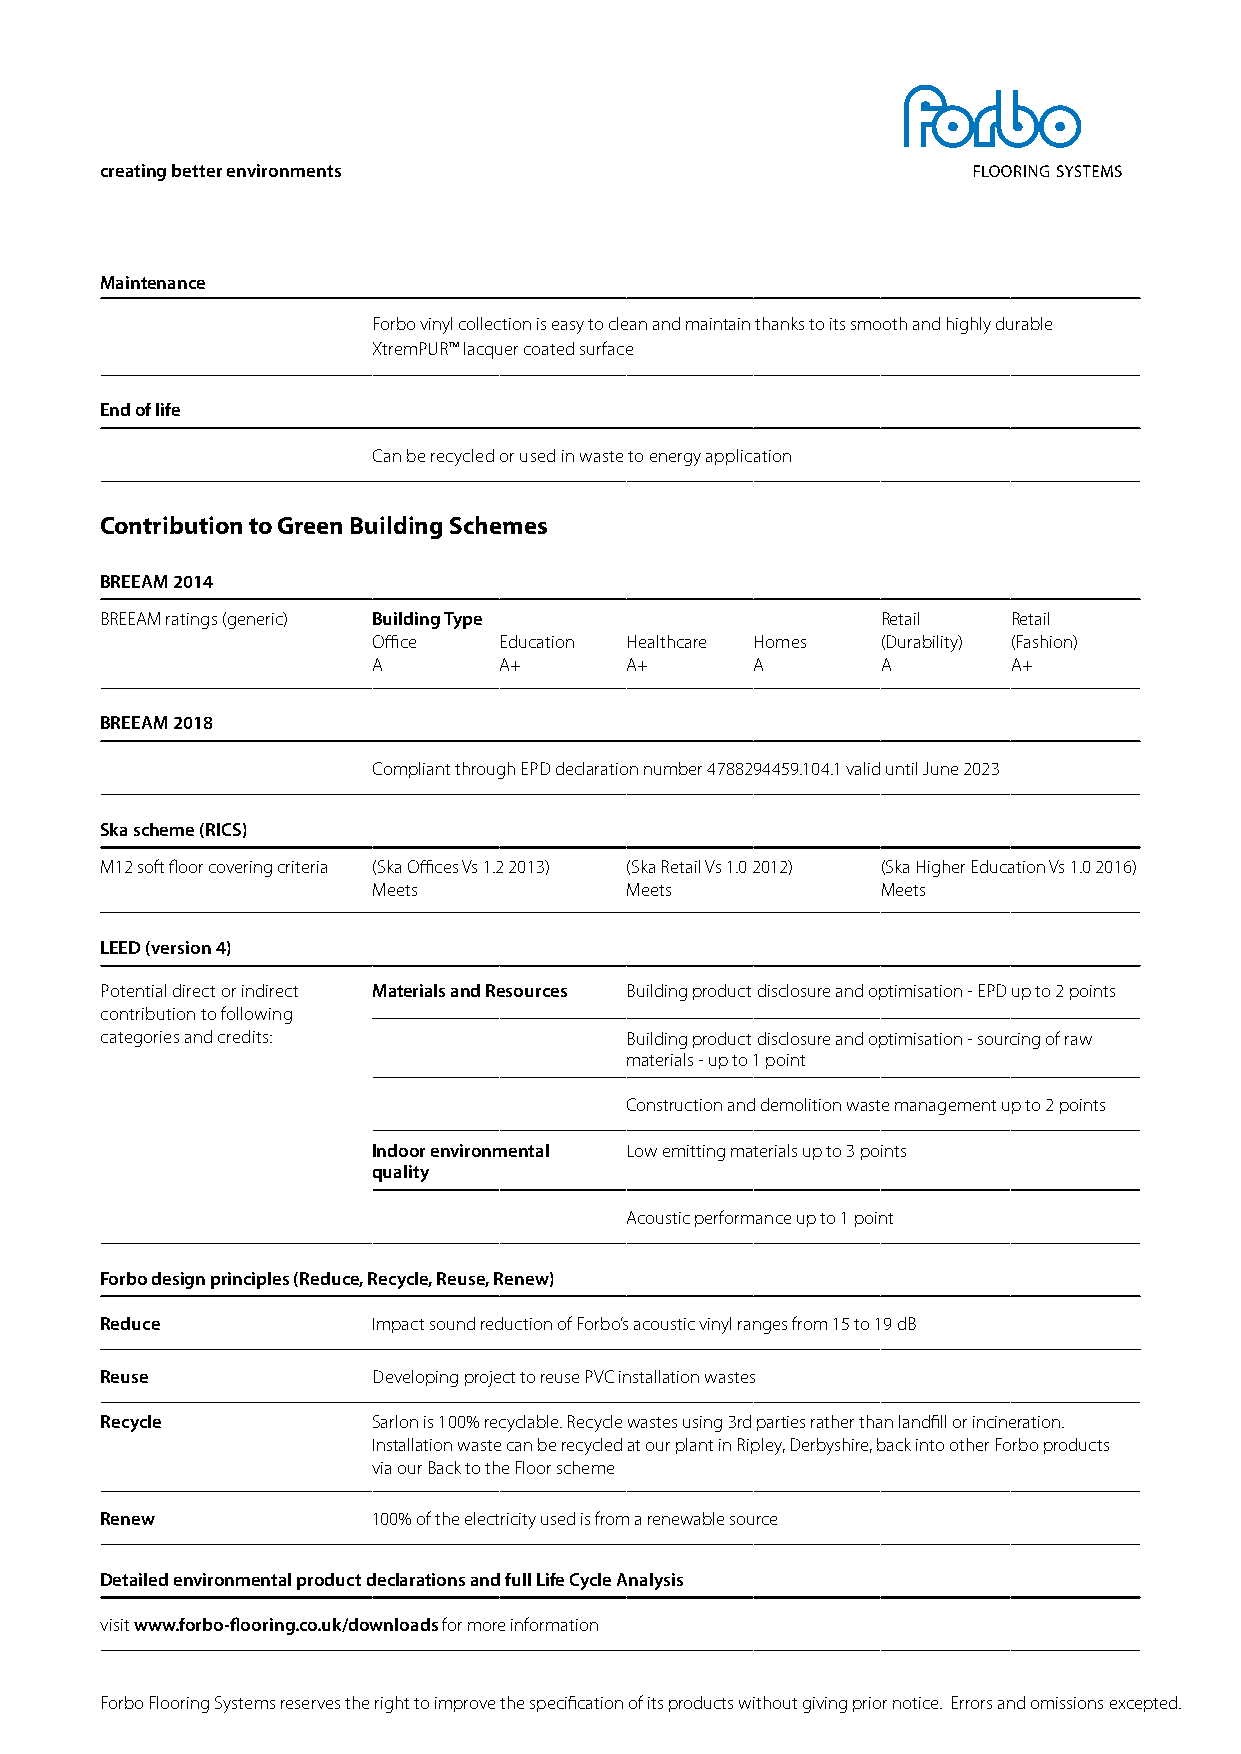
creating better environments
 Maintenance
 Forbo vinyl collection is easy to clean and maintain thanks to its smooth and highly durable
 XtremPUR™ lacquer coated surface
 End of life
 Can be recycled or used in waste to energy application
 Contribution to Green Building Schemes
 BREEAM 2014
 BREEAM ratings (generic) Building Type             Retail   Retail
 Office  Education Healthcare Homes (Durability) (Fashion)
 A       A+      A+       A       A        A+
 BREEAM 2018
 Compliant through EPD declaration number 4788294459.104.1 valid until June 2023
 Ska scheme (RICS)
 M12 soft floor covering criteria (Ska Offices Vs 1.2 2013) (Ska Retail Vs 1.0 2012) (Ska Higher Education Vs 1.0 2016)
 Meets           Meets            Meets
 LEED (version 4)
 Potential direct or indirect Materials and Resources Building product disclosure and optimisation - EPD up to 2 points
 contribution to following
 categories and credits:           Building product disclosure and optimisation - sourcing of raw
 materials - up to 1 point
 Construction and demolition waste management up to 2 points
 Indoor environmental Low emitting materials up to 3 points
 quality
 Acoustic performance up to 1 point
 Forbo design principles (Reduce, Recycle, Reuse, Renew)
 Reduce            Impact sound reduction of Forbo’s acoustic vinyl ranges from 15 to 19 dB
 Reuse             Developing project to reuse PVC installation wastes
 Recycle           Sarlon is 100% recyclable. Recycle wastes using 3rd parties rather than landfill or incineration.
 Installation waste can be recycled at our plant in Ripley, Derbyshire, back into other Forbo products
 via our Back to the Floor scheme
 Renew             100% of the electricity used is from a renewable source
 Detailed environmental product declarations and full Life Cycle Analysis
 visit www.forbo-flooring.co.uk/downloads for more information
 Forbo Flooring Systems reserves the right to improve the specification of its products without giving prior notice. Errors and omissions excepted.